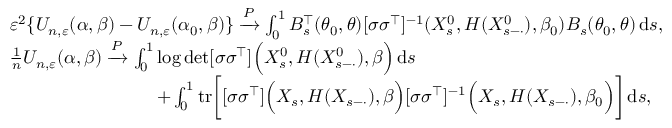
\begin{array} { r l } & { \varepsilon ^ { 2 } \{ U _ { n , \varepsilon } ( \alpha , \beta ) - U _ { n , \varepsilon } ( \alpha _ { 0 } , \beta ) \} \xrightarrow { P } \int _ { 0 } ^ { 1 } B _ { s } ^ { \top } ( \theta _ { 0 } , \theta ) [ \sigma \sigma ^ { \top } ] ^ { - 1 } ( X _ { s } ^ { 0 } , H ( X _ { s - \cdot } ^ { 0 } ) , \beta _ { 0 } ) B _ { s } ( \theta _ { 0 } , \theta ) \, \mathrm { d } s , } \\ & { \frac { 1 } { n } U _ { n , \varepsilon } ( \alpha , \beta ) \xrightarrow { P } \int _ { 0 } ^ { 1 } \log \operatorname* { d e t } [ \sigma \sigma ^ { \top } ] \Bigl ( X _ { s } ^ { 0 } , H ( X _ { s - \cdot } ^ { 0 } ) , \beta \Bigr ) \, \mathrm { d } s } \\ & { \qquad \qquad \qquad \qquad + \int _ { 0 } ^ { 1 } \mathrm { t r } \bigg [ [ \sigma \sigma ^ { \top } ] \Bigl ( X _ { s } , H ( X _ { s - \cdot } ) , \beta \Bigr ) [ \sigma \sigma ^ { \top } ] ^ { - 1 } \Bigl ( X _ { s } , H ( X _ { s - \cdot } ) , \beta _ { 0 } \Bigr ) \bigg ] \, \mathrm { d } s , } \end{array}